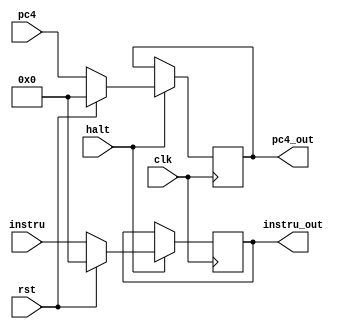
module IF_ID(
    clk,rst,halt,instru, pc4,
    instru_out,pc4_out
    );
    input clk;
    input rst;
    input halt;
    input [31:0] instru;
    input [31:0] pc4;
    output reg [31:0] instru_out;
    output reg [31:0] pc4_out;
    always @(posedge clk) begin
        if(halt) begin
            if(rst) begin
                instru_out <= 0;
                pc4_out <= 0;
            end
            else begin
                instru_out <= instru;
                pc4_out <= pc4;
            end
        end
        else begin
            instru_out <= instru_out;
            pc4_out <= pc4_out;
        end
    end
endmodule